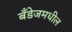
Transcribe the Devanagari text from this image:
बँडेजमधील